Code of medical and sanitary regulations for the guidance of medical officers serving in the Madras Presidency - Volume I
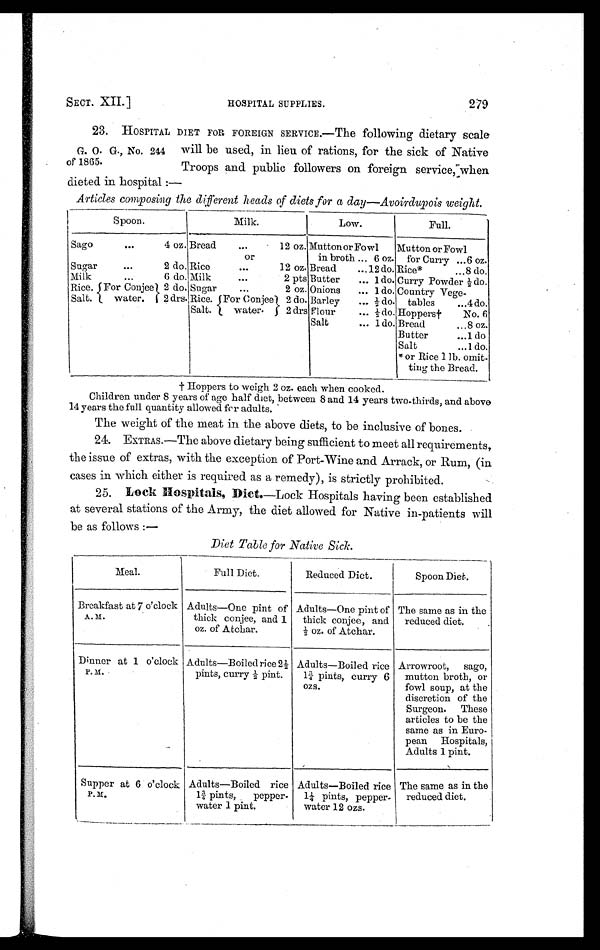
SECT. XII.]
HOSPITAL SUPPLIES.
279
G. O. G., No. 244
of 1865.
23. HOSPITAL DIET FOR FOREIGN SERVICE.—The following dietary scale
will be used, in lieu of rations, for the sick of Native
Troops and public followers on foreign service, when
dieted in hospital :-
Articles composing the different heads of diets for a day—Avoirdupois weight.
Spoon.
Milk.
Low.
Full.
Sago
...
4 oz. Bread
. . .
1 2 o z . Mutton or Fowl Mutton or Fowl
or
in broth ... 6 oz. for Curry ...6 oz.
Sugar
...
2 do. Rice
...
12 oz. Bread
...12 do. Rice*
...8 do.
Milk
...
6 do. Milk
...
2 pts Butter ... 1 do. Curry Powder ½ do.
Rice.
F o r C o n j e e 2 do. Sugar
...
2 oz. Onions ... 1 do. Country Vege-
Salt.
water. 2 drs. Rice.For Conjee) 2 do. Barley ... ½ do. tables
...4 do
Salt. I water.
2 drs Flour
... ½ do.Hoppers†
No. 6
Salt
... 1 do. Bread
...8 oz.
Butter
...1 do
Salt
...1 do.
* or Rice 1 lb. omit-
ting the Bread.
† Hoppers to weigh 2 oz. each when cooked.
Children under 8 years of age half diet, between 8 and 14 years two-thirds, and above
14 years the full quantity allowed for adults.
The weight of the meat in the above diets, to be inclusive of bones.
24. E X T R A s . — T h e a b o v e d i e t a r y b e i n g s u f f i c i e n t t o m e e t a l l r e q u i r e m e n t s ,
t h e i s s u e o f e x t r a s , w i t h t h e e x c e p t i o n o f P o r t - W i n e a n d A r r a c k , o r R u m , ( i n
cases in which either is required as a remedy), is strictly prohibited.
25. Lock Hospitals, Diet. — L o c k H o s p i t a l s h a v i n g b e e n e s t a b l i s h e d
at several stations of the Army, the diet allowed for Native in-patients will
be as follows :—
Diet Table for Native Sick.
Meal.
Full Diet.
Reduced Diet.
Spoon Diet.
Breakfast at 7 o'clock
A. m.
Adults—One pint of
thick conjee, and 1
oz. of Atchar.
Adults—One pint of
thick conjee, and
½ oz. of Atchar.
The same as in the
reduced diet.
Dinner at 1 o'clock
P. M.
Adults—Boiled rice 2½
pints, curry ½ pint.
Adults—Boiled rice
1¾ pints, curry 6
ozs.
Arrowroot, sago,
mutton broth, or
fowl soup, at the
discretion of the
Surgeon. These
articles to be the
same as in Euro-
pean Hospitals,
Adults 1 pint.
Supper at 6 o'clock
P. M.
Adults—Boiled rice
1¾ pints, pepper-
water 1 pint.
Adults—Boiled rice
1¼ pints, pepper-
water 12 ozs.
The same as in the
reduced diet.